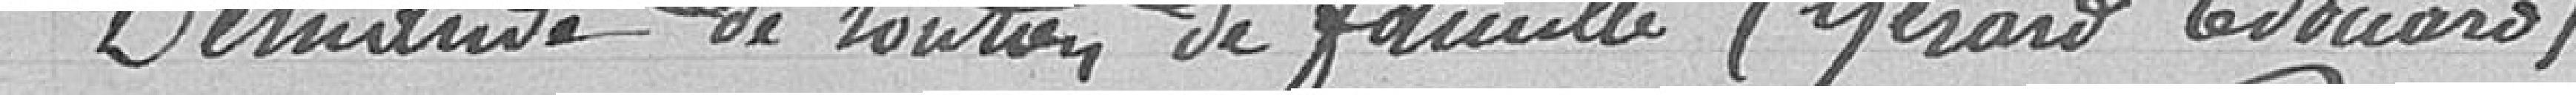
Demande de soutien de famille (Gérard Edouard)